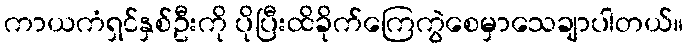
ကာယကံရှင်နှစ်ဦးကို ပိုပြီးထိခိုက်ကြေကွဲစေမှာသေချာပါတယ်။